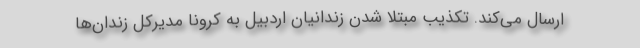
ارسال می‌کند. تکذیب مبتلا شدن زندانیان اردبیل به کرونا مدیرکل زندان‌ها